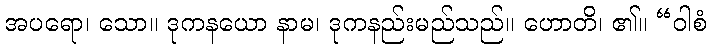
အပရော၊ သော။ ဒုကနယော နာမ၊ ဒုကနည်းမည်သည်။ ဟောတိ၊ ၏။ “ဝါစံ